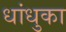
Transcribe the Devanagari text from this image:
धांधुका